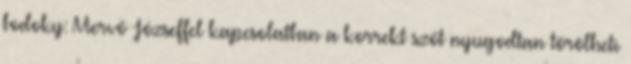
bodoky: Mervó Józseffel kapcsolatban a korrekt szót nyugodtan törölheti